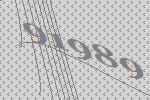
91989